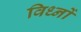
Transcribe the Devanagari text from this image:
विध्नों